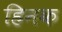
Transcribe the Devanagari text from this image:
हिनक